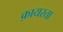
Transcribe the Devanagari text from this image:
क़ायरता